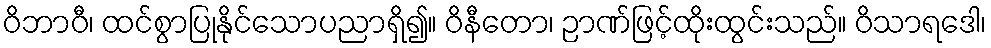
ဝိဘာဝီ၊ ထင်စွာပြုနိုင်သောပညာရှိ၍။ ဝိနီတော၊ ဉာဏ်ဖြင့်ထိုးထွင်းသည်။ ဝိသာရဒေါ၊